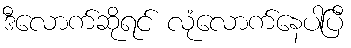
ဒီလောက်ဆိုရင် လုံလောက်နေပါပြီ